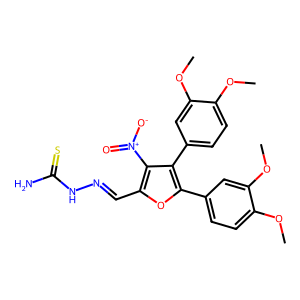
SMILES: COc1ccc(-c2oc(C=NNC(N)=S)c([N+](=O)[O-])c2-c2ccc(OC)c(OC)c2)cc1OC
Inhibits HIV replication: No